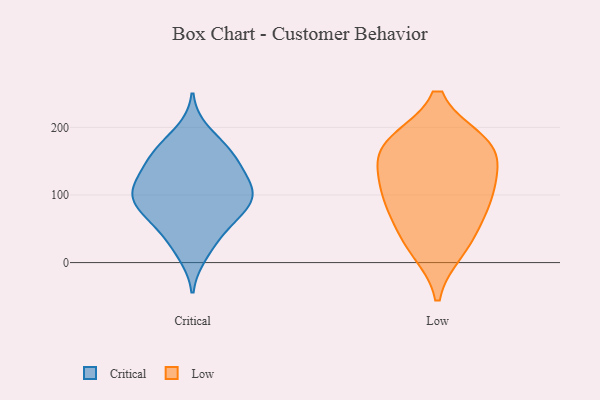
{"axis": {"x": "Demand Index", "y": "Value"}, "legend": ["Critical", "Low"], "data": [{"x": "", "y": 107, "type": "Critical"}, {"x": "", "y": 132, "type": "Critical"}, {"x": "", "y": 65, "type": "Critical"}, {"x": "", "y": 115, "type": "Critical"}, {"x": "", "y": 13, "type": "Critical"}, {"x": "", "y": 99, "type": "Critical"}, {"x": "", "y": 98, "type": "Critical"}, {"x": "", "y": 28, "type": "Critical"}, {"x": "", "y": 64, "type": "Critical"}, {"x": "", "y": 87, "type": "Critical"}, {"x": "", "y": 103, "type": "Critical"}, {"x": "", "y": 155, "type": "Critical"}, {"x": "", "y": 166, "type": "Critical"}, {"x": "", "y": 193, "type": "Critical"}, {"x": "", "y": 56, "type": "Critical"}, {"x": "", "y": 164, "type": "Critical"}, {"x": "", "y": 86, "type": "Critical"}, {"x": "", "y": 158, "type": "Critical"}, {"x": "", "y": 128, "type": "Critical"}, {"x": "", "y": 108, "type": "Low"}, {"x": "", "y": 116, "type": "Low"}, {"x": "", "y": 169, "type": "Low"}, {"x": "", "y": 73, "type": "Low"}, {"x": "", "y": 175, "type": "Low"}, {"x": "", "y": 176, "type": "Low"}, {"x": "", "y": 35, "type": "Low"}, {"x": "", "y": 96, "type": "Low"}, {"x": "", "y": 21, "type": "Low"}, {"x": "", "y": 162, "type": "Low"}]}